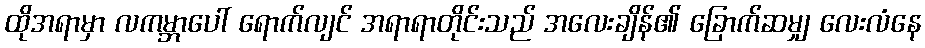
ထိုအရာမှာ လကမ္ဘာပေါ် ရောက်လျင် အရာရာတိုင်းသည် အလေးချိန်၏ ခြောက်ဆမျှ လေးလံနေ